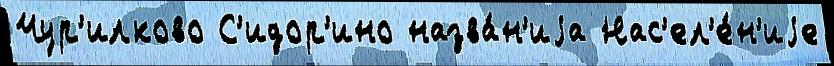
Чур'илково С'идор'ино назва́н'иjа Нас'ел'е́н'иjе